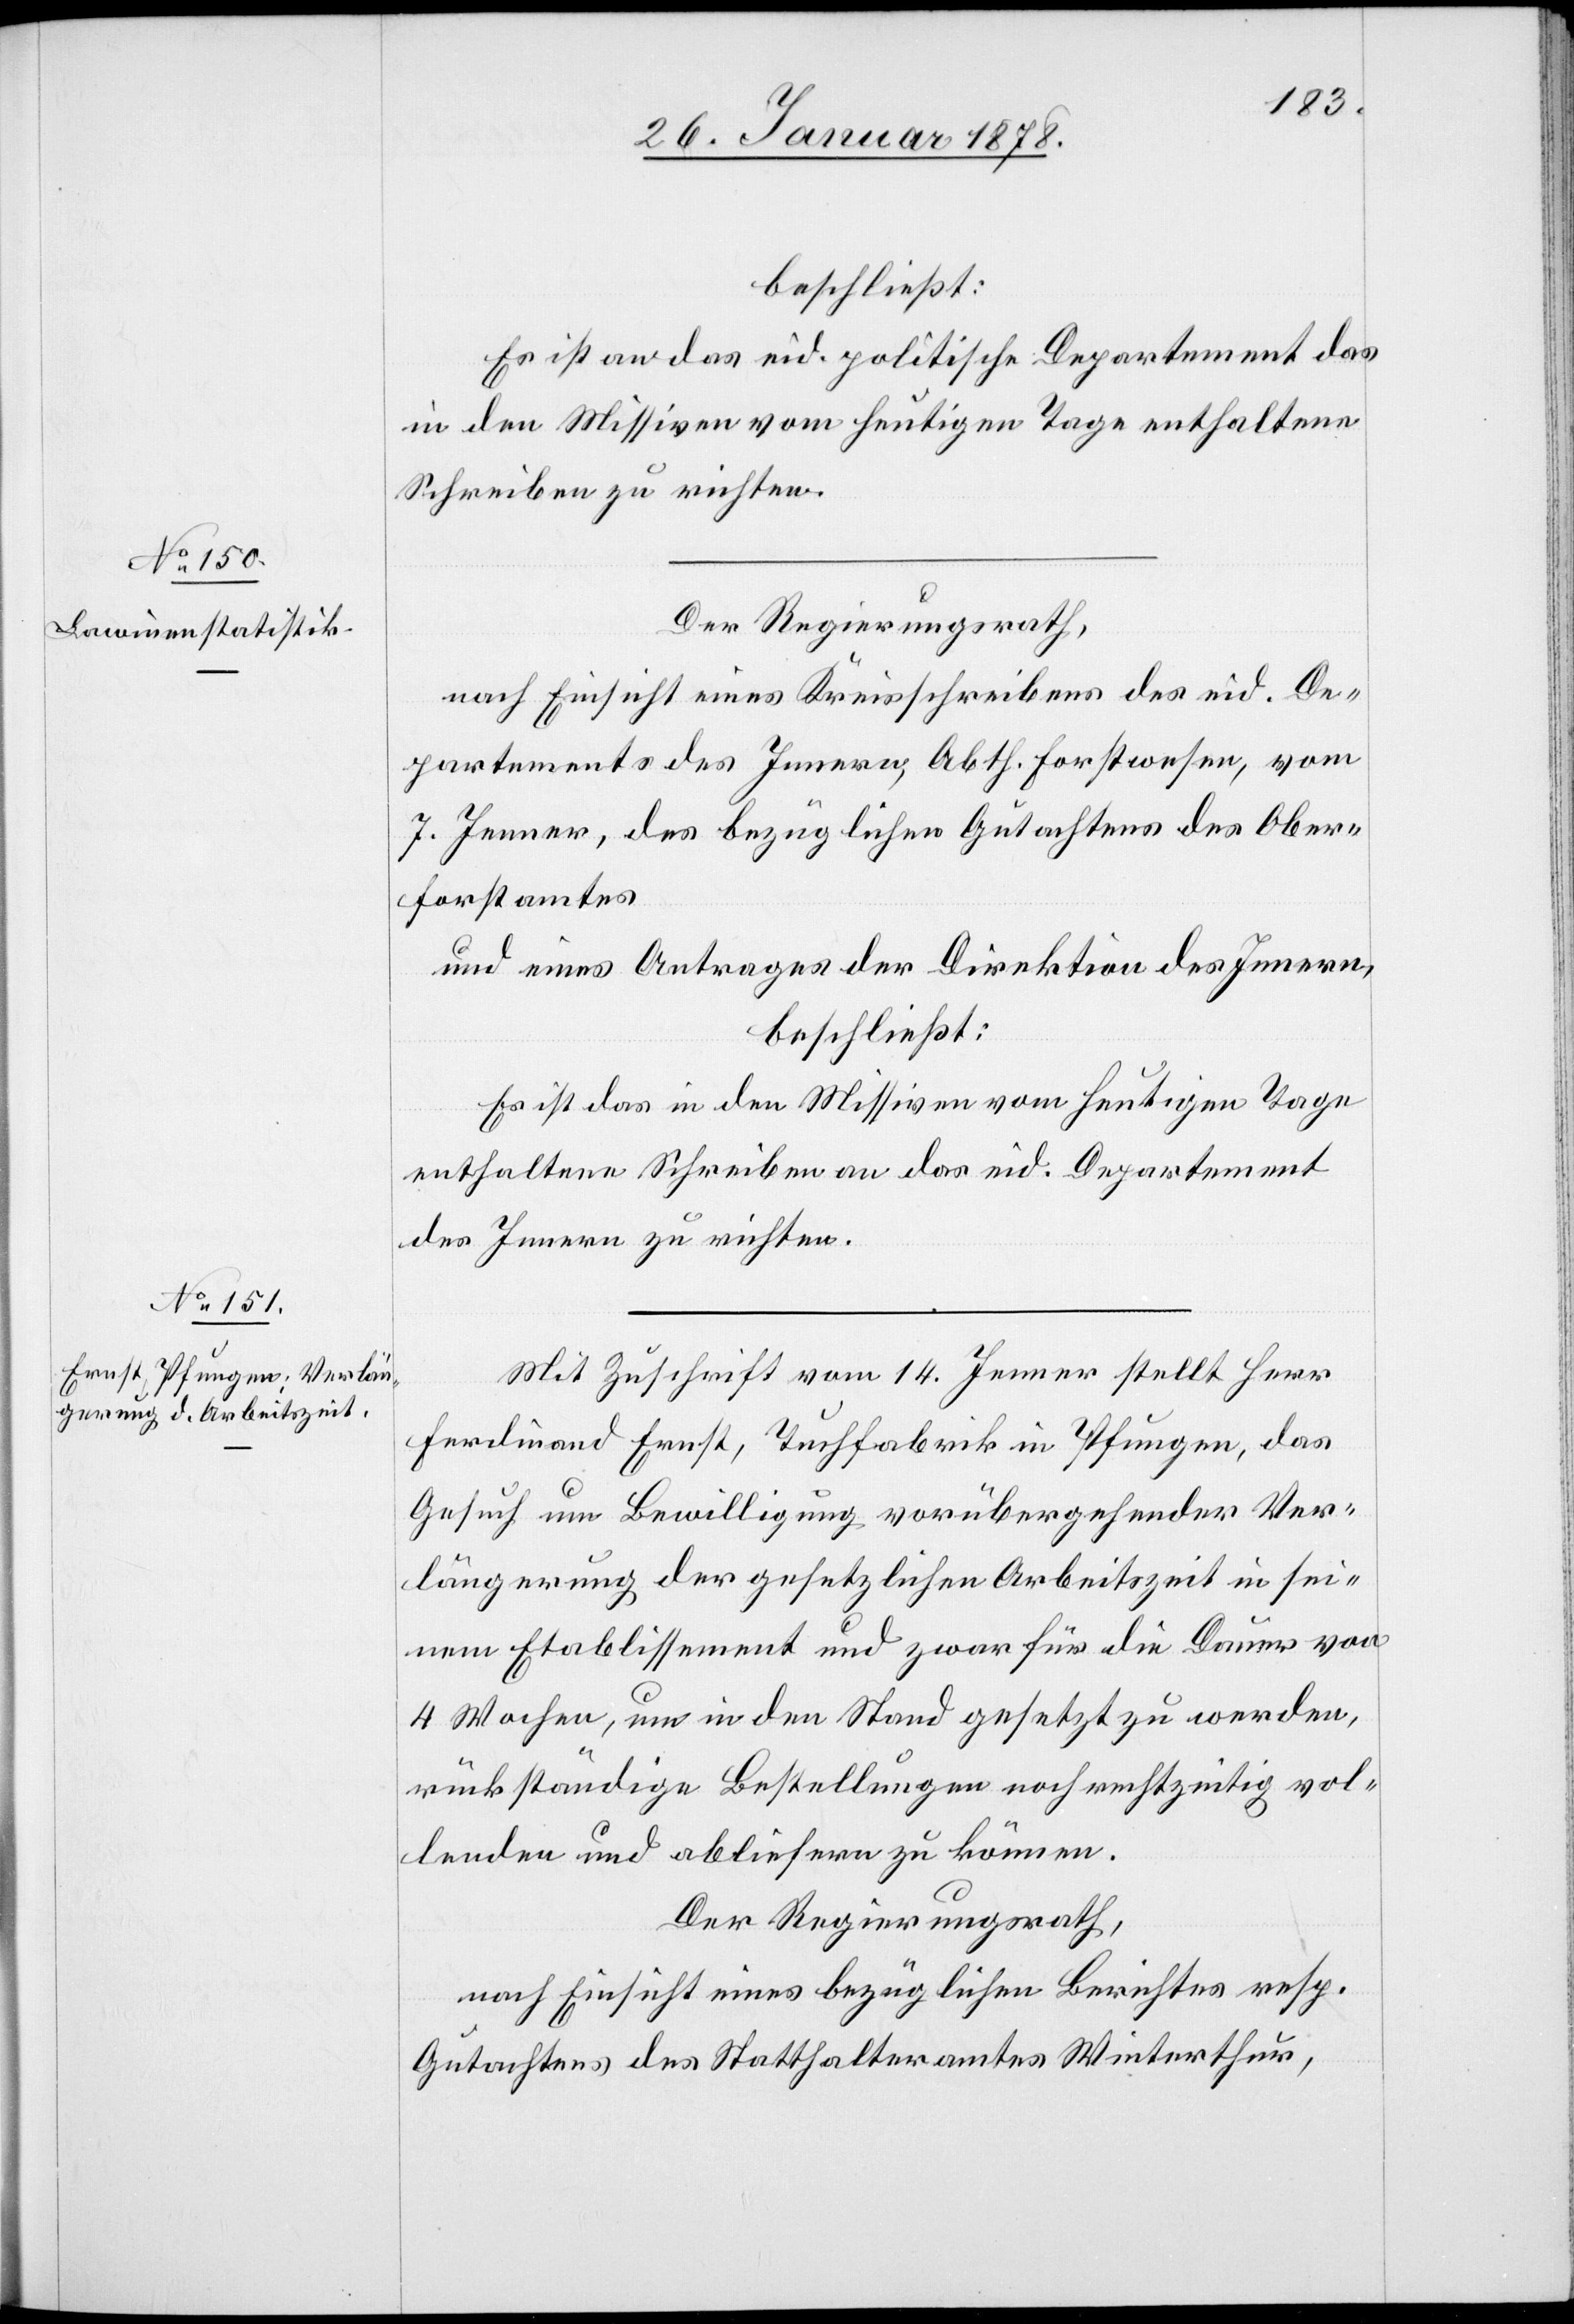
beschließt:
Es ist an das eid. politische Departement das
in den Missiven vom heutigen Tage enthaltene
Schreiben zu richten.
Der Regierungsrath,
nach Einsicht eines Antrages eines Kreisschreibens des eid. De¬
partements des Innern, Abth. Forstwesen, vom
7. Jenner, des bezüglichen Gutachtens des Ober¬
forstamtes
und eines Antrages der Direktion des Innern,
beschließt:
Es ist das in den Missiven vom heutigen Tage
enthaltene Schreiben an das eid. Departement
des Innern zu richten.
Mit Zuschrift vom 14. Jenner stellt Herr
Ferdinand Ernst, Tuchfabrik in Pfungen, das
Gesuch um Bewilligung vorübergehender Ver¬
längerung der gesetzlichen Arbeitszeit in sei¬
nem Etablissement und zwar für die Dauer von
4 Wochen, um in den Stand gesetzt zu werden,
rückständige Bestellungen noch rechtzeitig vol¬
lenden und abliefern zu können.
Der Regierungsrath,
nach Einsicht eines bezüglichen Berichtes resp.
Gutachtens des Statthalteramtes Winterthur,